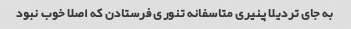
به جای تردیلا پنیری متاسفانه تنوری فرستادن که اصلا خوب نبود